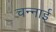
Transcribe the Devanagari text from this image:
चन्नाई